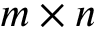
m \times n